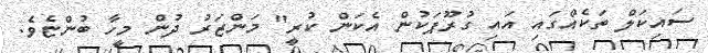
ސައިކަލް ތަކެއްގައި އައި ގުރޫޕަކުން އެކަން ކުރީ" މަންޒަރު ދުން މީހާ ބުންޏެވެ.